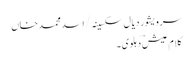
سرویشور دیال سکسینہ/ اسد محمد خاں
کلام عیش ؔدہلوی ۔